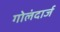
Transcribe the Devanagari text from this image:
गोलंदार्ज